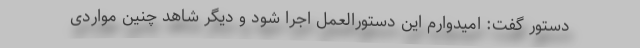
دستور گفت: امیدوارم این دستورالعمل اجرا شود و دیگر شاهد چنین مواردی